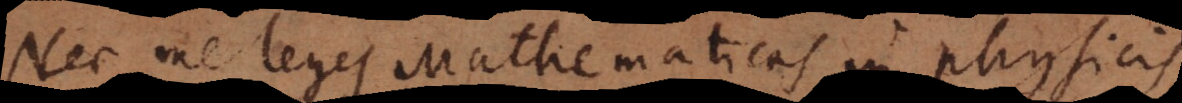
Nec me leges Mathematicas in physicis